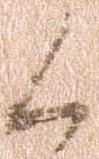
候